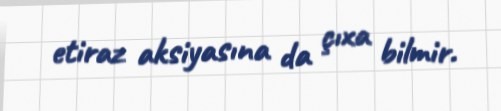
etiraz aksiyasına da çıxa bilmir.